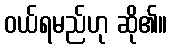
ဝယ်ရမည်ဟု ဆို၏။